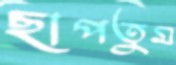
ছাপতুম